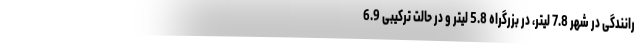
رانندگی در شهر 7.8 لیتر، در بزرگراه 5.8 لیتر و در حالت ترکیبی 6.9